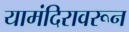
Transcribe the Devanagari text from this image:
यामंदिरावरून